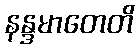
နန္ဒမာတေတိ